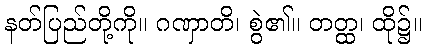
နတ်ပြည်တို့ကို။ ဂဏှာတိ၊ စွဲ၏။ တတ္ထ၊ ထို၌။